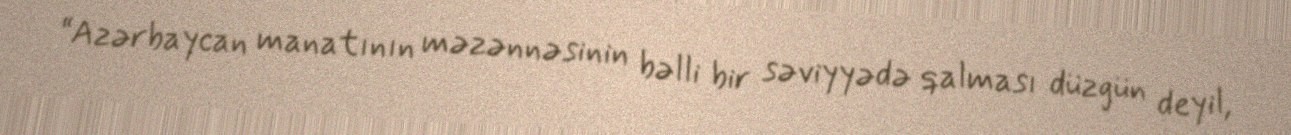
“Azərbaycan manatının məzənnəsinin bəlli bir səviyyədə qalması düzgün deyil,